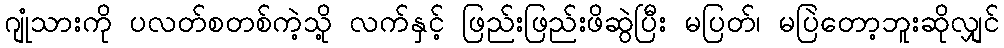
ဂျုံသားကို ပလတ်စတစ်ကဲ့သို့ လက်နှင့် ဖြည်းဖြည်းဖိဆွဲပြီး မပြတ်၊ မပြဲတော့ဘူးဆိုလျှင်